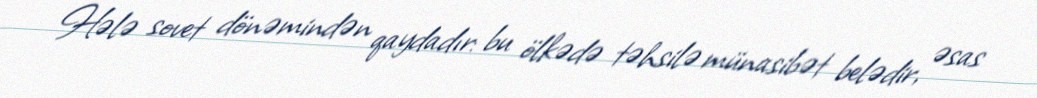
Hələ sovet dönəmindən qaydadır: bu ölkədə təhsilə münasibət belədir, əsas